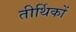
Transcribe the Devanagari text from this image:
तीर्थिकों